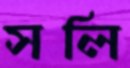
সলি